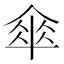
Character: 傘